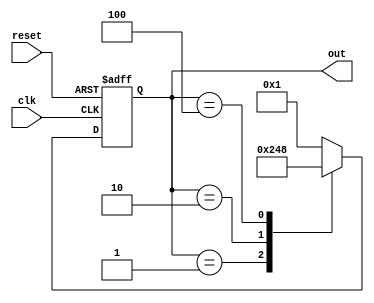
module ring_counter (
    input wire clk,       // Clock input
    input wire reset,     // Reset input
    output reg [3:0] out  // 4-bit output representing the current state
);

    // State encoding
    localparam STATE_0 = 4'b0001; // FF0 = 1
    localparam STATE_1 = 4'b0010; // FF1 = 1
    localparam STATE_2 = 4'b0100; // FF2 = 1
    localparam STATE_3 = 4'b1000; // FF3 = 1

    // Sequential logic for state transitions
    always @(posedge clk or posedge reset) begin
        if (reset) begin
            // Reset state to STATE_0
            out <= STATE_0;
        end else begin
            // Shift the '1' to the next flip-flop
            case (out)
                STATE_0: out <= STATE_1;
                STATE_1: out <= STATE_2;
                STATE_2: out <= STATE_3;
                STATE_3: out <= STATE_0;
                default: out <= STATE_0; // Default case for safety
            endcase
        end
    end

endmodule